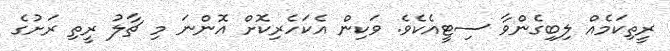
ރީތިކަމެއް ލިބިގެންވާ ސިޓީއެކެވެ. ވަކިން އެކަހެރިކޮށް އޮންނަ މި ޗާލު ރީތި ރަށުގެ